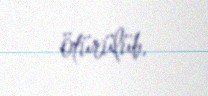
ötürülüb.